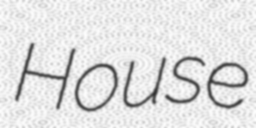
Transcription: House